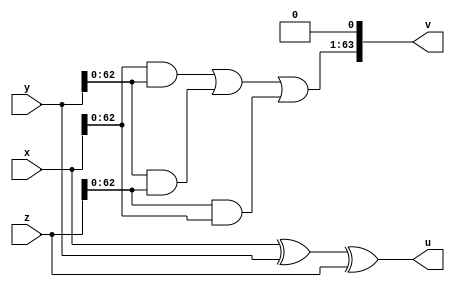
module FA (
	input [63:0] x,
	input [63:0] y,
	input [63:0] z,
	output [63:0] u,
	output [63:0] v);

assign u = x^y^z;
assign v[0] = 0;
assign v[63:1] = (x&y) | (y&z) | (z&x);

endmodule